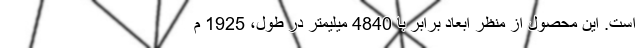
است. این محصول از منظر ابعاد برابر با 4840 میلیمتر در طول، 1925 م